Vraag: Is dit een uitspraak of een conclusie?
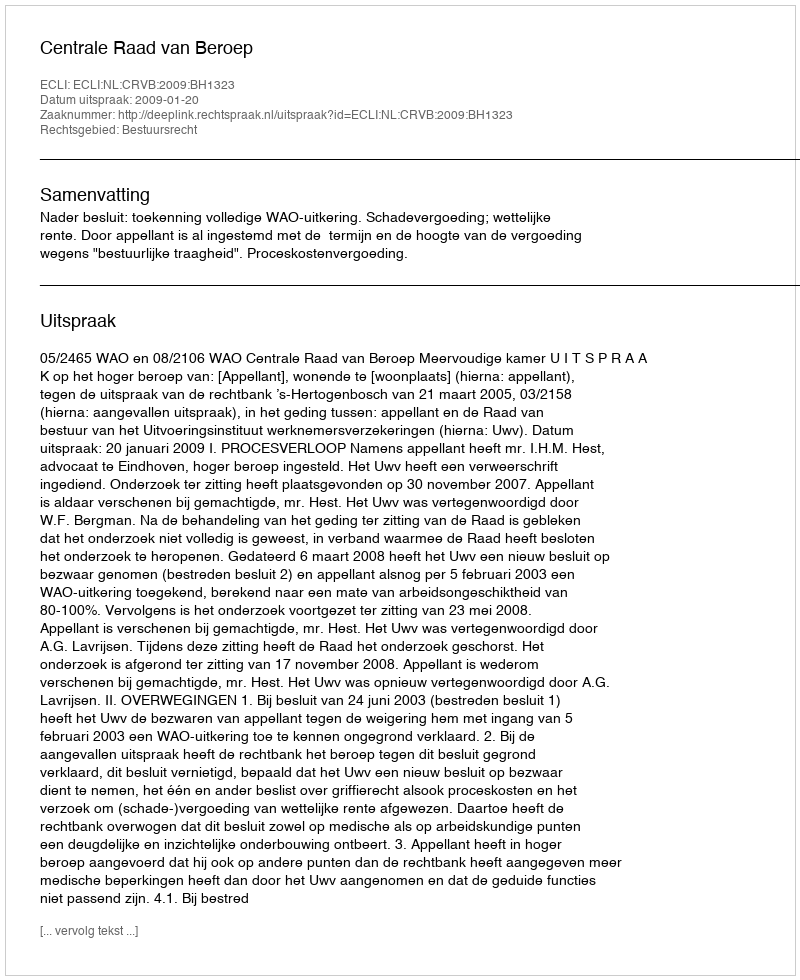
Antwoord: Uitspraak